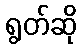
ရွတ်ဆို